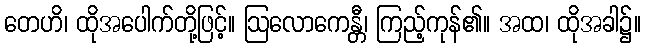
တေဟိ၊ ထိုအပေါက်တို့ဖြင့်။ ဩလောကေန္တီ၊ ကြည့်ကုန်၏။ အထ၊ ထိုအခါ၌။